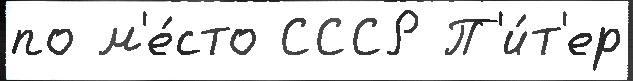
по м'е́сто СССР П'и́т'ер